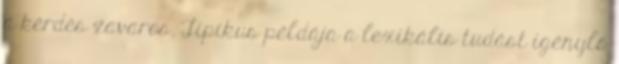
a kérdés zavaros. Tipikus példája a lexikális tudást igénylő